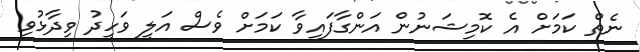
ނެތް ކަމަށް އެ ކޮމިޝަނުން އަންގާފައިވާ ކަމަށް ވެސް އަލީ ވަހީދު ވިދާޅުވި